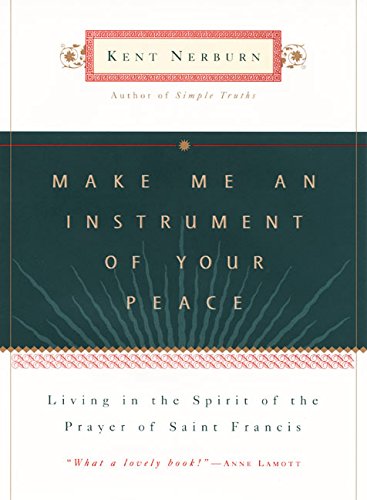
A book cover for Make Me an Instrument of Your Peace; Kent Nerburn; Christian Books & Bibles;